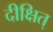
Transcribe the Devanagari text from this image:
दीक्षित्